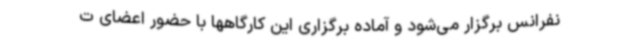
نفرانس برگزار می‌شود و آماده برگزاری این کارگاهها با حضور اعضای ت